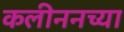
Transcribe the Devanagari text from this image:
कलीननच्या